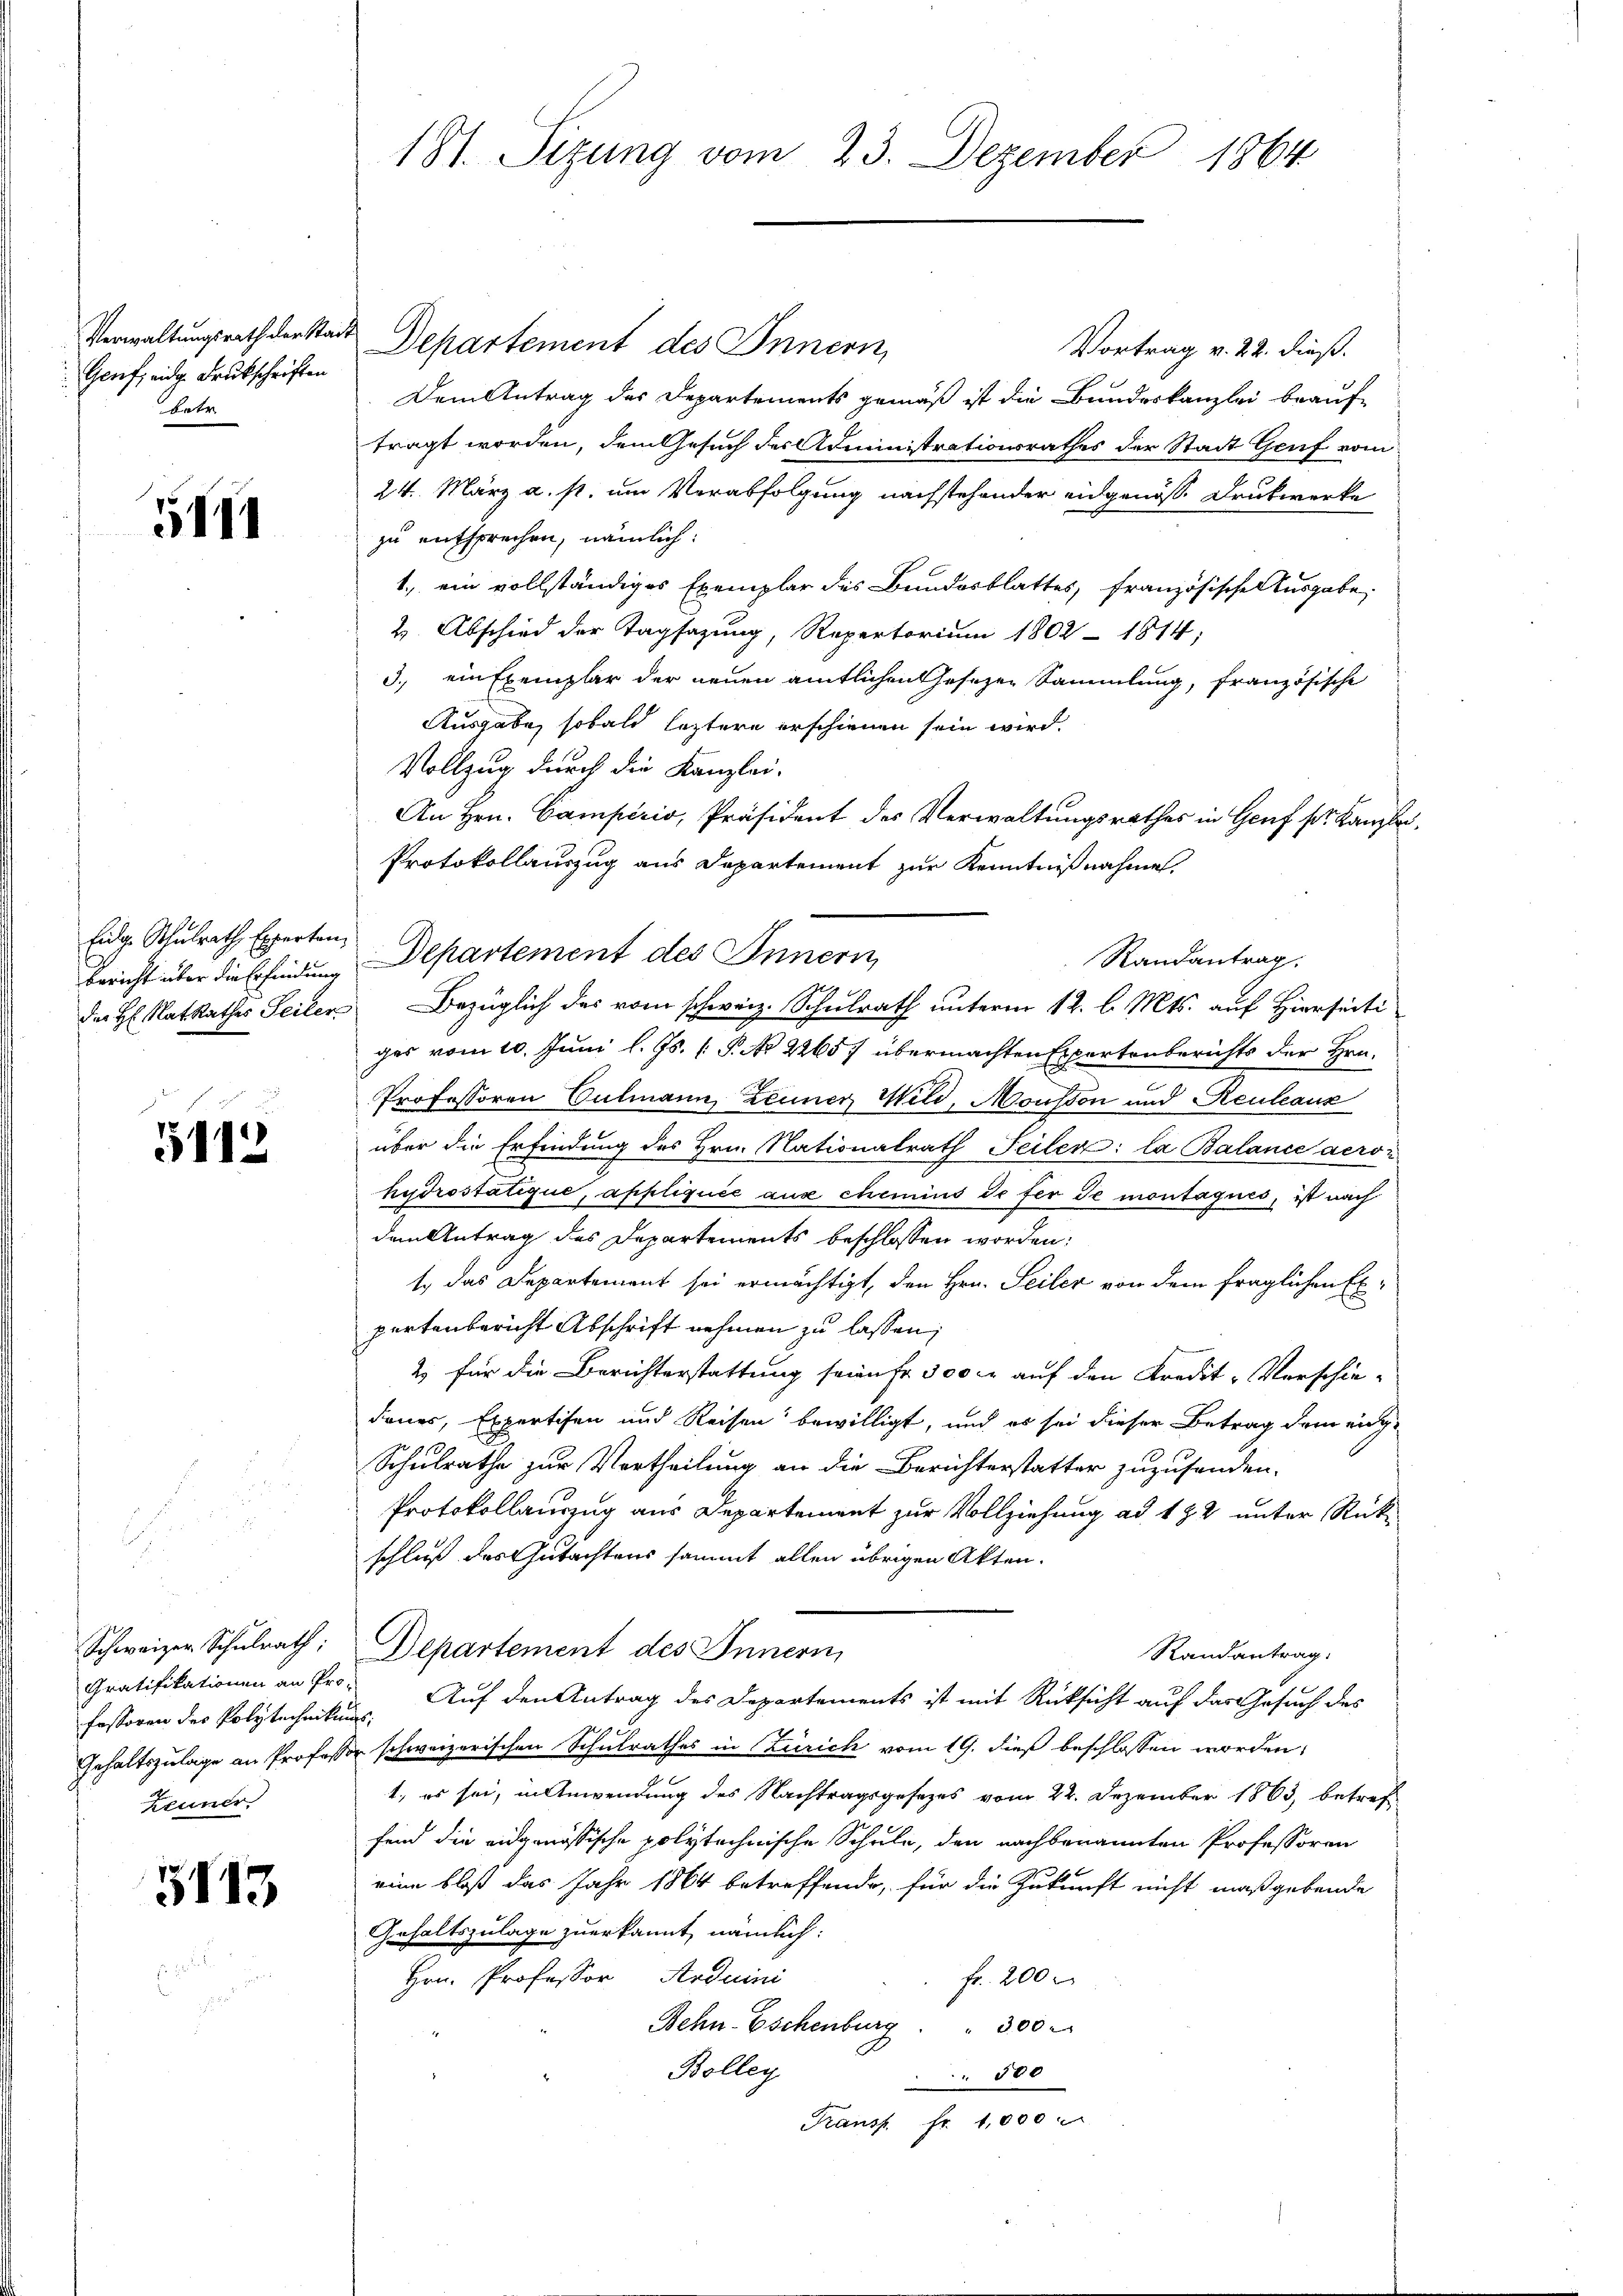
Genf, eidg Druckschriften
vetr

5141

Eidg. Schulrath Experten

5112

Schweizer Schulrath:
Gratifikationen an Pro¬
Zeuner

3713

181. Sizung vom 23. Dezember 1864

Verwaltungsrath derstadt Departement des Innern,
Vortrag v. 22. dieß.
Dem Antrag des Departements gemäß ist die Bundeskanzlei beauftragt worden, dem Gesuch der Administrationsrathes der Stadt Genf vom
24. März a. s. um Verabfolgung nachstehender eidgenöss. Druckwerke
zu entsprechen, nämlich:
1., ein vollständiges Exemplar des Bundesblattes, französische Ausgabe,
2 Abschied der Tagsazung, Repertorium 1802 - 1814,
3., ein Exemplar der neuen amtlichen Gesezen Sammlung, französische
Ausgabe, sobald leztere erschienen sein wird.
Vollzug durch die Kanzlei-
An Hrn. Camperio, Präsident des Verwaltungsrathes in Genf sr. Kanzle
Protokollauszug aus Departement zur Kenntnißnahmen.
Randantrag.
Bericht über die Erfinden Departement des Innern,
der H. RatRathes Seiler Bezüglich des vom schweiz. Schulrath unterm 12. l. Mts. auf Hierseiti
ges vom 10. Juni l. Js. [ P. No 22657 übermachten Expertenberichts der Hrn.
Professoren Culmann, Zeuner Wild, Mousson und Reuleaux
über die Erfindung des Hrn. Nationalrath Seiler: la Balance aeroi
hydrostatique, appliquée aus chemins de fer de montagues, ist nach
dem Antrag des Departements beschlossen worden:
t, das Departement sei ermächtigt, den Hrn. Seiler von dem fraglichen Expartenbericht Abschrift nehmen zu lassen;
2 für die Berichterstattung sein fr. 300 r auf den Kredit-Verschie-
dauer, Expertisen und Reisen bewilligt, und es sei dieser Betrag dem eing-
Schulrathe zur Vertheilung an die Berichterstatter zuzusenden.
Protokollauszug aus Departement zur Vollziehung ad 122 unter Rückschluß des Gutachtens sammt allen übrigen Akten.
Departement des Innern,
Randantrag.
fessoren des Polytechnikum. Auf den Antrag des Departements ist mit Rücksicht auf das Gesuch des
Gehaltszulage an Professor schweizerischen Schulrathes in Zürich vom 19. dieß beschlossen worden,
1., es sei, in Anwendung des Nachtragsgesetzes vom 22. Dezember 1863, betreff
fend die eidgenössische polytechnische Schule, den nachbenannten Professoren
eine bloß das Jahr 1864 betreffende, für die Zukunft nicht maßgebende
Gehaltszulage zuerkannt, nämlich:
Hrn. Professor Arduini
fr. 200
Behn-Eschenburg . . 300
Bolleg
500
Transp. fr. 1,000